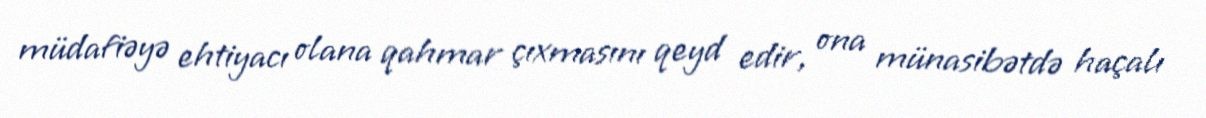
müdafiəyə ehtiyacı olana qahmar çıxmasını qeyd edir, ona münasibətdə haçalı